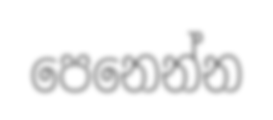
පෙනෙන්න